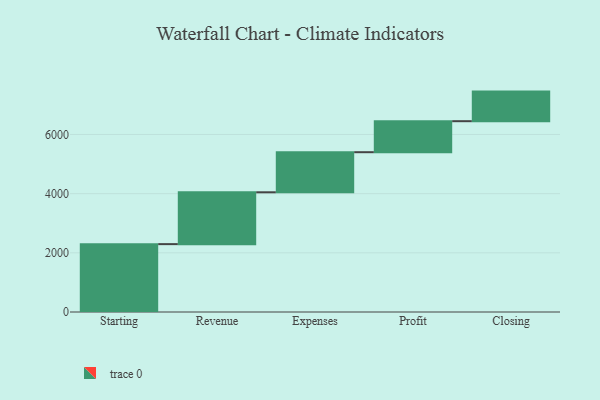
{"axis": {"x": "Step", "y": "Value"}, "legend": [""], "data": [{"x": "Starting", "y": 2294.0, "type": ""}, {"x": "Revenue", "y": 1752.0, "type": ""}, {"x": "Expenses", "y": 1355.0, "type": ""}, {"x": "Profit", "y": 1048.0, "type": ""}, {"x": "Closing", "y": 1000, "type": ""}]}